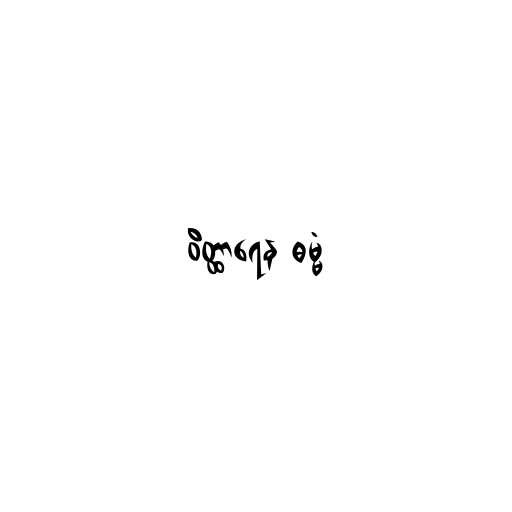
ဝိတ္ထာရေန ဓမ္မံ